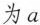
为a